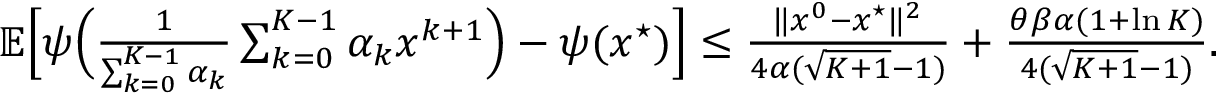
\begin{array} { r } { \mathbb { E } \Big [ \psi \Big ( \frac { 1 } { \sum _ { k = 0 } ^ { K - 1 } \alpha _ { k } } \sum _ { k = 0 } ^ { K - 1 } \alpha _ { k } x ^ { k + 1 } \Big ) - \psi ( x ^ { \star } ) \Big ] \leq \frac { \| x ^ { 0 } - x ^ { \star } \| ^ { 2 } } { 4 \alpha ( \sqrt { K + 1 } - 1 ) } + \frac { \theta \beta \alpha ( 1 + \ln K ) } { 4 ( \sqrt { K + 1 } - 1 ) } . } \end{array}